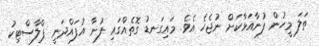
ތަލަ މީހުން ފުނާއަޅާކަށް ނުޖެހެ އެވެ. މައިގަނޑު ގޮތެއްގައި ފުނާ އުފައްދަނީ ޕްލާސްޓިކު